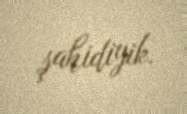
şahidiyik.